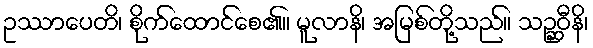
ဥဿာပေတိ၊ စိုက်ထောင်စေ၏။ မူလာနိ၊ အမြစ်တို့သည်။ သဉ္ဆဝီနိ၊